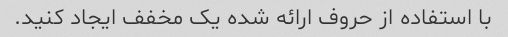
با استفاده از حروف ارائه شده یک مخفف ایجاد کنید.